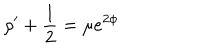
\rho ^ { \prime } + \frac { 1 } { 2 } = \mu e ^ { 2 \phi }